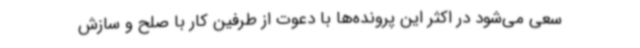
سعی می‌شود در اکثر این پرونده‌ها با دعوت از طرفین کار با صلح و سازش